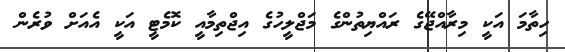
ހިތާމަ އަކީ މިރާއްޖޭގެ ރައްޔިތުންގެ މަޖްލީހުގެ އިޖްތިމާއީ ކޮމެޓީ އަކީ އެއަށް ވުރެން